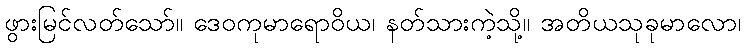
ဖွားမြင်လတ်သော်။ ဒေဝကုမာရောဝိယ၊ နတ်သားကဲ့သို့။ အတိယသုခုမာလော၊